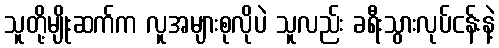
သူတို့မျိုးဆက်က လူအများစုလိုပဲ သူလည်း ခရီးသွားလုပ်ငန်းနဲ့